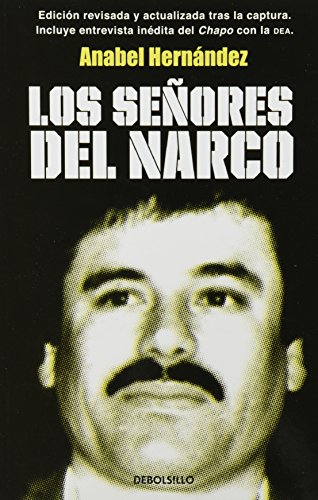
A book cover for Los SeÃ±ores del narco (Spanish Edition); Anabel Hernandez; Biographies & Memoirs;